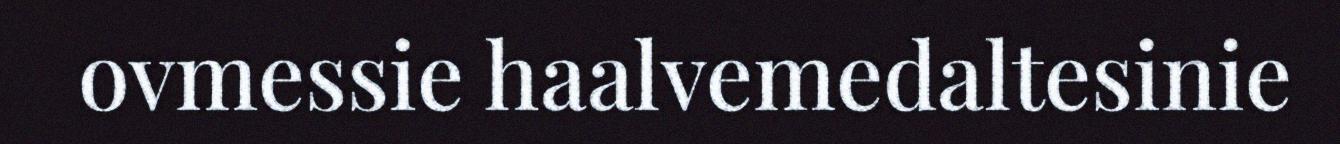
ovmessie haalvemedaltesinie